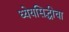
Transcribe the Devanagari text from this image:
ध्येयसिद्धीचा